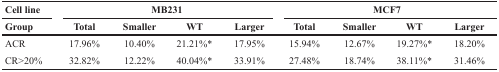
| Cell line | <COLSPAN=4> MB231 | <COLSPAN=4> MCF7 |
 | Group | Total | Smaller | WT | Larger | Total | Smaller | WT | Larger |
 | --- | --- | --- | --- | --- | --- | --- | --- | --- |
 | ACR | 17.96% | 10.40% | 21.21%* | 17.95% | 15.94% | 12.67% | 19.27%* | 18.20% |
 | CR>20% | 32.82% | 12.22% | 40.04%* | 33.91% | 27.48% | 18.74% | 38.11%* | 31.46% |